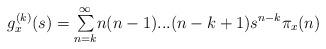
LaTeX: \begin{align*}g_{x}^{(k)}(s)={\textstyle\sum\limits_{n=k}^{\infty}}n(n-1)...(n-k+1)s^{n-k}\pi_{x}(n) \end{align*}